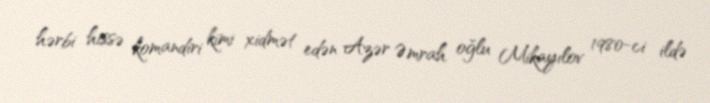
hərbi hissə komandiri kimi xidmət edən Azər Əmrah oğlu Mikayılov 1980-ci ildə